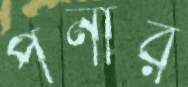
পনার